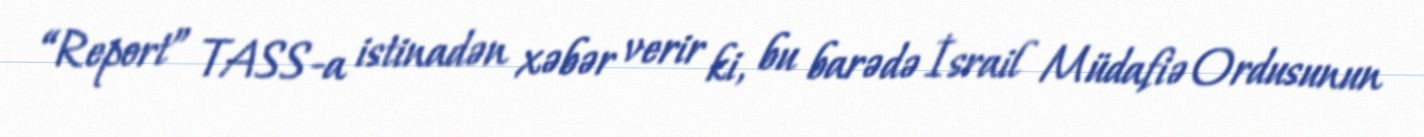
“Report” TASS-a istinadən xəbər verir ki, bu barədə İsrail Müdafiə Ordusunun